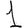
Digit: 1